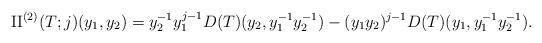
LaTeX: \begin{align*} \mathrm{II}^{(2)}(T;j)(y_1, y_2) = y_2^{-1} y_1^{j-1} D(T)(y_2, y_1^{-1} y_2^{-1} ) - (y_1 y_2)^{j-1} D(T)(y_1, y_1^{-1} y_2^{-1}). \end{align*}